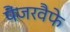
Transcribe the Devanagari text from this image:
पैंजरवैफे